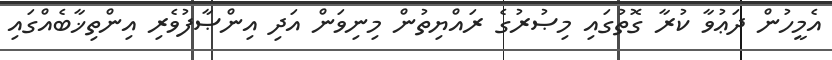
އެމީހުން ދަޢުވާ ކުރާ ގޮތުގައި މިޞުރުގެ ރައްޔިތުން މިނިވަން އަދި އިންޞާފުވެރި އިންތިޚާބެއްގައި